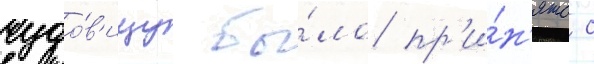
чудо́в'ищу бы́ло пр'и́н'ято с